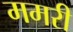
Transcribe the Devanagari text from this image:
ममरी